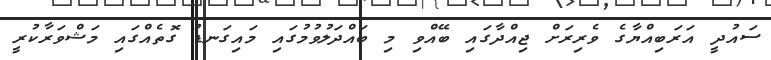
ސައުދީ އަރަބިއްޔާގެ ވެރިރަށް ޖިއްދާގައި ބޭއްވި މި ބައްދަލުވުމުގައި މައިގަނޑު ގޮތެއްގައި މަޝްވަރާކުރީ